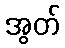
အွတ်